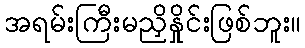
အရမ်းကြီးမညှိနှိုင်းဖြစ်ဘူး။